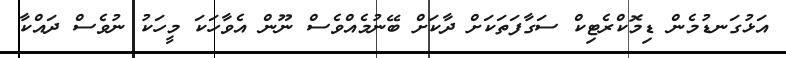
އަޅުގަނޑުމެން ޑިމޮކްރެޓިކް ސަގާފަތަކަށް ދާކަށް ބޭނުމެއްވެސް ނޫން އެވާހަކަ މީހަކު ނުވެސް ދައްކާ